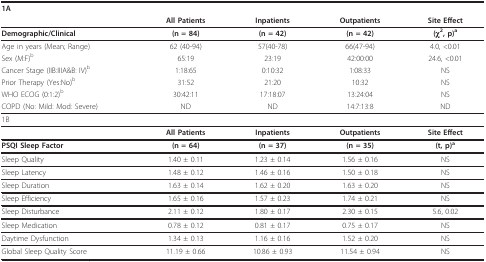
<table><thead><tr><td colspan="5"><b>1A</b></td></tr><tr><td></td><td><b>All Patients</b></td><td><b>Inpatients</b></td><td><b>Outpatients</b></td><td><b>Site Effect</b></td></tr></thead><tbody><tr><td><b>Demographic/Clinical</b></td><td><b>(n = 84)</b></td><td><b>(n = 42)</b></td><td><b>(n = 42)</b></td><td><b>(χ<sup>2</sup>, p)<sup>a</sup></b></td></tr><tr><td>Age in years(Mean; Range)</td><td>62 (40-94)</td><td>57(40-78)</td><td>66(47-94)</td><td>4.0, &lt;0.01</td></tr><tr><td>Sex (M:F)<sup>b</sup></td><td>65:19</td><td>23:19</td><td>42:00:00</td><td>24.6, &lt;0.01</td></tr><tr><td>Cancer Stage(IIB:IIIA&amp;B: IV)<sup>b</sup></td><td>1:18:65</td><td>0:10:32</td><td>1:08:33</td><td>NS</td></tr><tr><td>Prior Therapy (Yes:No)<sup>b</sup></td><td>31:52</td><td>21:20</td><td>10:32</td><td>NS</td></tr><tr><td>WHO ECOG (0:1:2)<sup>b</sup></td><td>30:42:11</td><td>17:18:07</td><td>13:24:04</td><td>NS</td></tr><tr><td>COPD (No: Mild: Mod: Severe)</td><td>ND</td><td>ND</td><td>14:7:13:8</td><td>ND</td></tr><tr><td colspan="5">1B</td></tr><tr><td></td><td><b>All Patients</b></td><td><b>Inpatients</b></td><td><b>Outpatients</b></td><td><b>Site Effect</b></td></tr><tr><td><b>PSQI Sleep Factor</b></td><td><b>(n = 64)</b></td><td><b>(n = 37)</b></td><td><b>(n = 35)</b></td><td><b>(t, p</b><b>)</b><sup><b>a</b></sup></td></tr><tr><td>Sleep Quality</td><td>1.40 ± 0.11</td><td>1.23 ± 0.14</td><td>1.56 ± 0.16</td><td>NS</td></tr><tr><td>Sleep Latency</td><td>1.48 ± 0.12</td><td>1.46 ± 0.16</td><td>1.50 ± 0.18</td><td>NS</td></tr><tr><td>Sleep Duration</td><td>1.63 ± 0.14</td><td>1.62 ± 0.20</td><td>1.63 ± 0.20</td><td>NS</td></tr><tr><td>Sleep Efficiency</td><td>1.65 ± 0.16</td><td>1.57 ± 0.23</td><td>1.74 ± 0.21</td><td>NS</td></tr><tr><td>Sleep Disturbance</td><td>2.11 ± 0.12</td><td>1.80 ± 0.17</td><td>2.30 ± 0.15</td><td>5.6, 0.02</td></tr><tr><td>Sleep Medication</td><td>0.78 ± 0.12</td><td>0.81 ± 0.17</td><td>0.75 ± 0.17</td><td>NS</td></tr><tr><td>Daytime Dysfunction</td><td>1.34 ± 0.13</td><td>1.16 ± 0.16</td><td>1.52 ± 0.20</td><td>NS</td></tr><tr><td>Global Sleep Quality Score</td><td>11.19 ± 0.66</td><td>10.86 ± 0.93</td><td>11.54 ± 0.94</td><td>NS</td></tr></tbody></table>